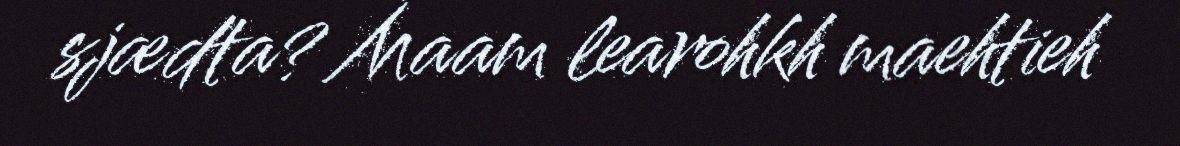
sjædta? Maam learohkh maehtieh